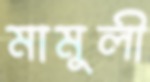
মামুলী